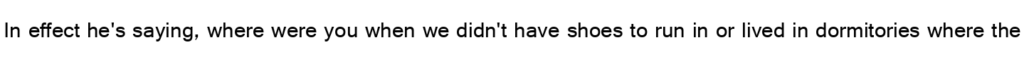
In effect he's saying, where were you when we didn't have shoes to run in or lived in dormitories where the